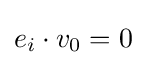
e_{i}\cdot v_{0}=0